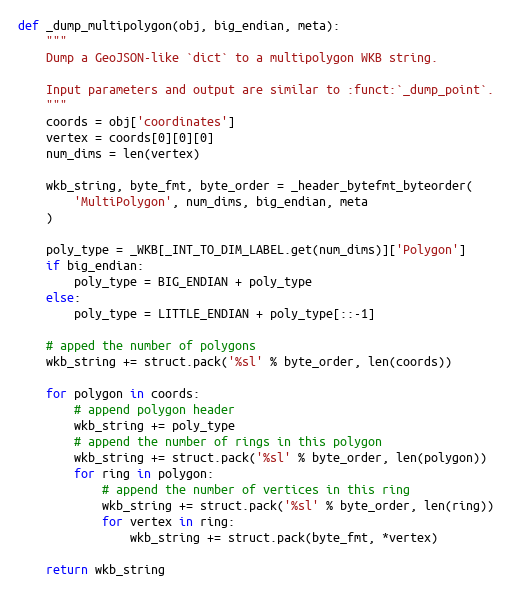
Language: Python
def _dump_multipolygon(obj, big_endian, meta):
    """
    Dump a GeoJSON-like `dict` to a multipolygon WKB string.

    Input parameters and output are similar to :funct:`_dump_point`.
    """
    coords = obj['coordinates']
    vertex = coords[0][0][0]
    num_dims = len(vertex)

    wkb_string, byte_fmt, byte_order = _header_bytefmt_byteorder(
        'MultiPolygon', num_dims, big_endian, meta
    )

    poly_type = _WKB[_INT_TO_DIM_LABEL.get(num_dims)]['Polygon']
    if big_endian:
        poly_type = BIG_ENDIAN + poly_type
    else:
        poly_type = LITTLE_ENDIAN + poly_type[::-1]

    # apped the number of polygons
    wkb_string += struct.pack('%sl' % byte_order, len(coords))

    for polygon in coords:
        # append polygon header
        wkb_string += poly_type
        # append the number of rings in this polygon
        wkb_string += struct.pack('%sl' % byte_order, len(polygon))
        for ring in polygon:
            # append the number of vertices in this ring
            wkb_string += struct.pack('%sl' % byte_order, len(ring))
            for vertex in ring:
                wkb_string += struct.pack(byte_fmt, *vertex)

    return wkb_string